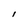
Character: l